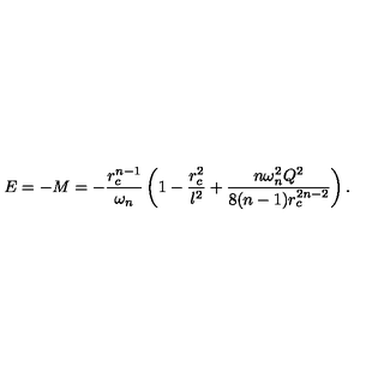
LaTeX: E = - M = - \frac { r _ { c } ^ { n - 1 } } { \omega _ { n } } \left( 1 - \frac { r _ { c } ^ { 2 } } { l ^ { 2 } } + \frac { n \omega _ { n } ^ { 2 } Q ^ { 2 } } { 8 ( n - 1 ) r _ { c } ^ { 2 n - 2 } } \right) .